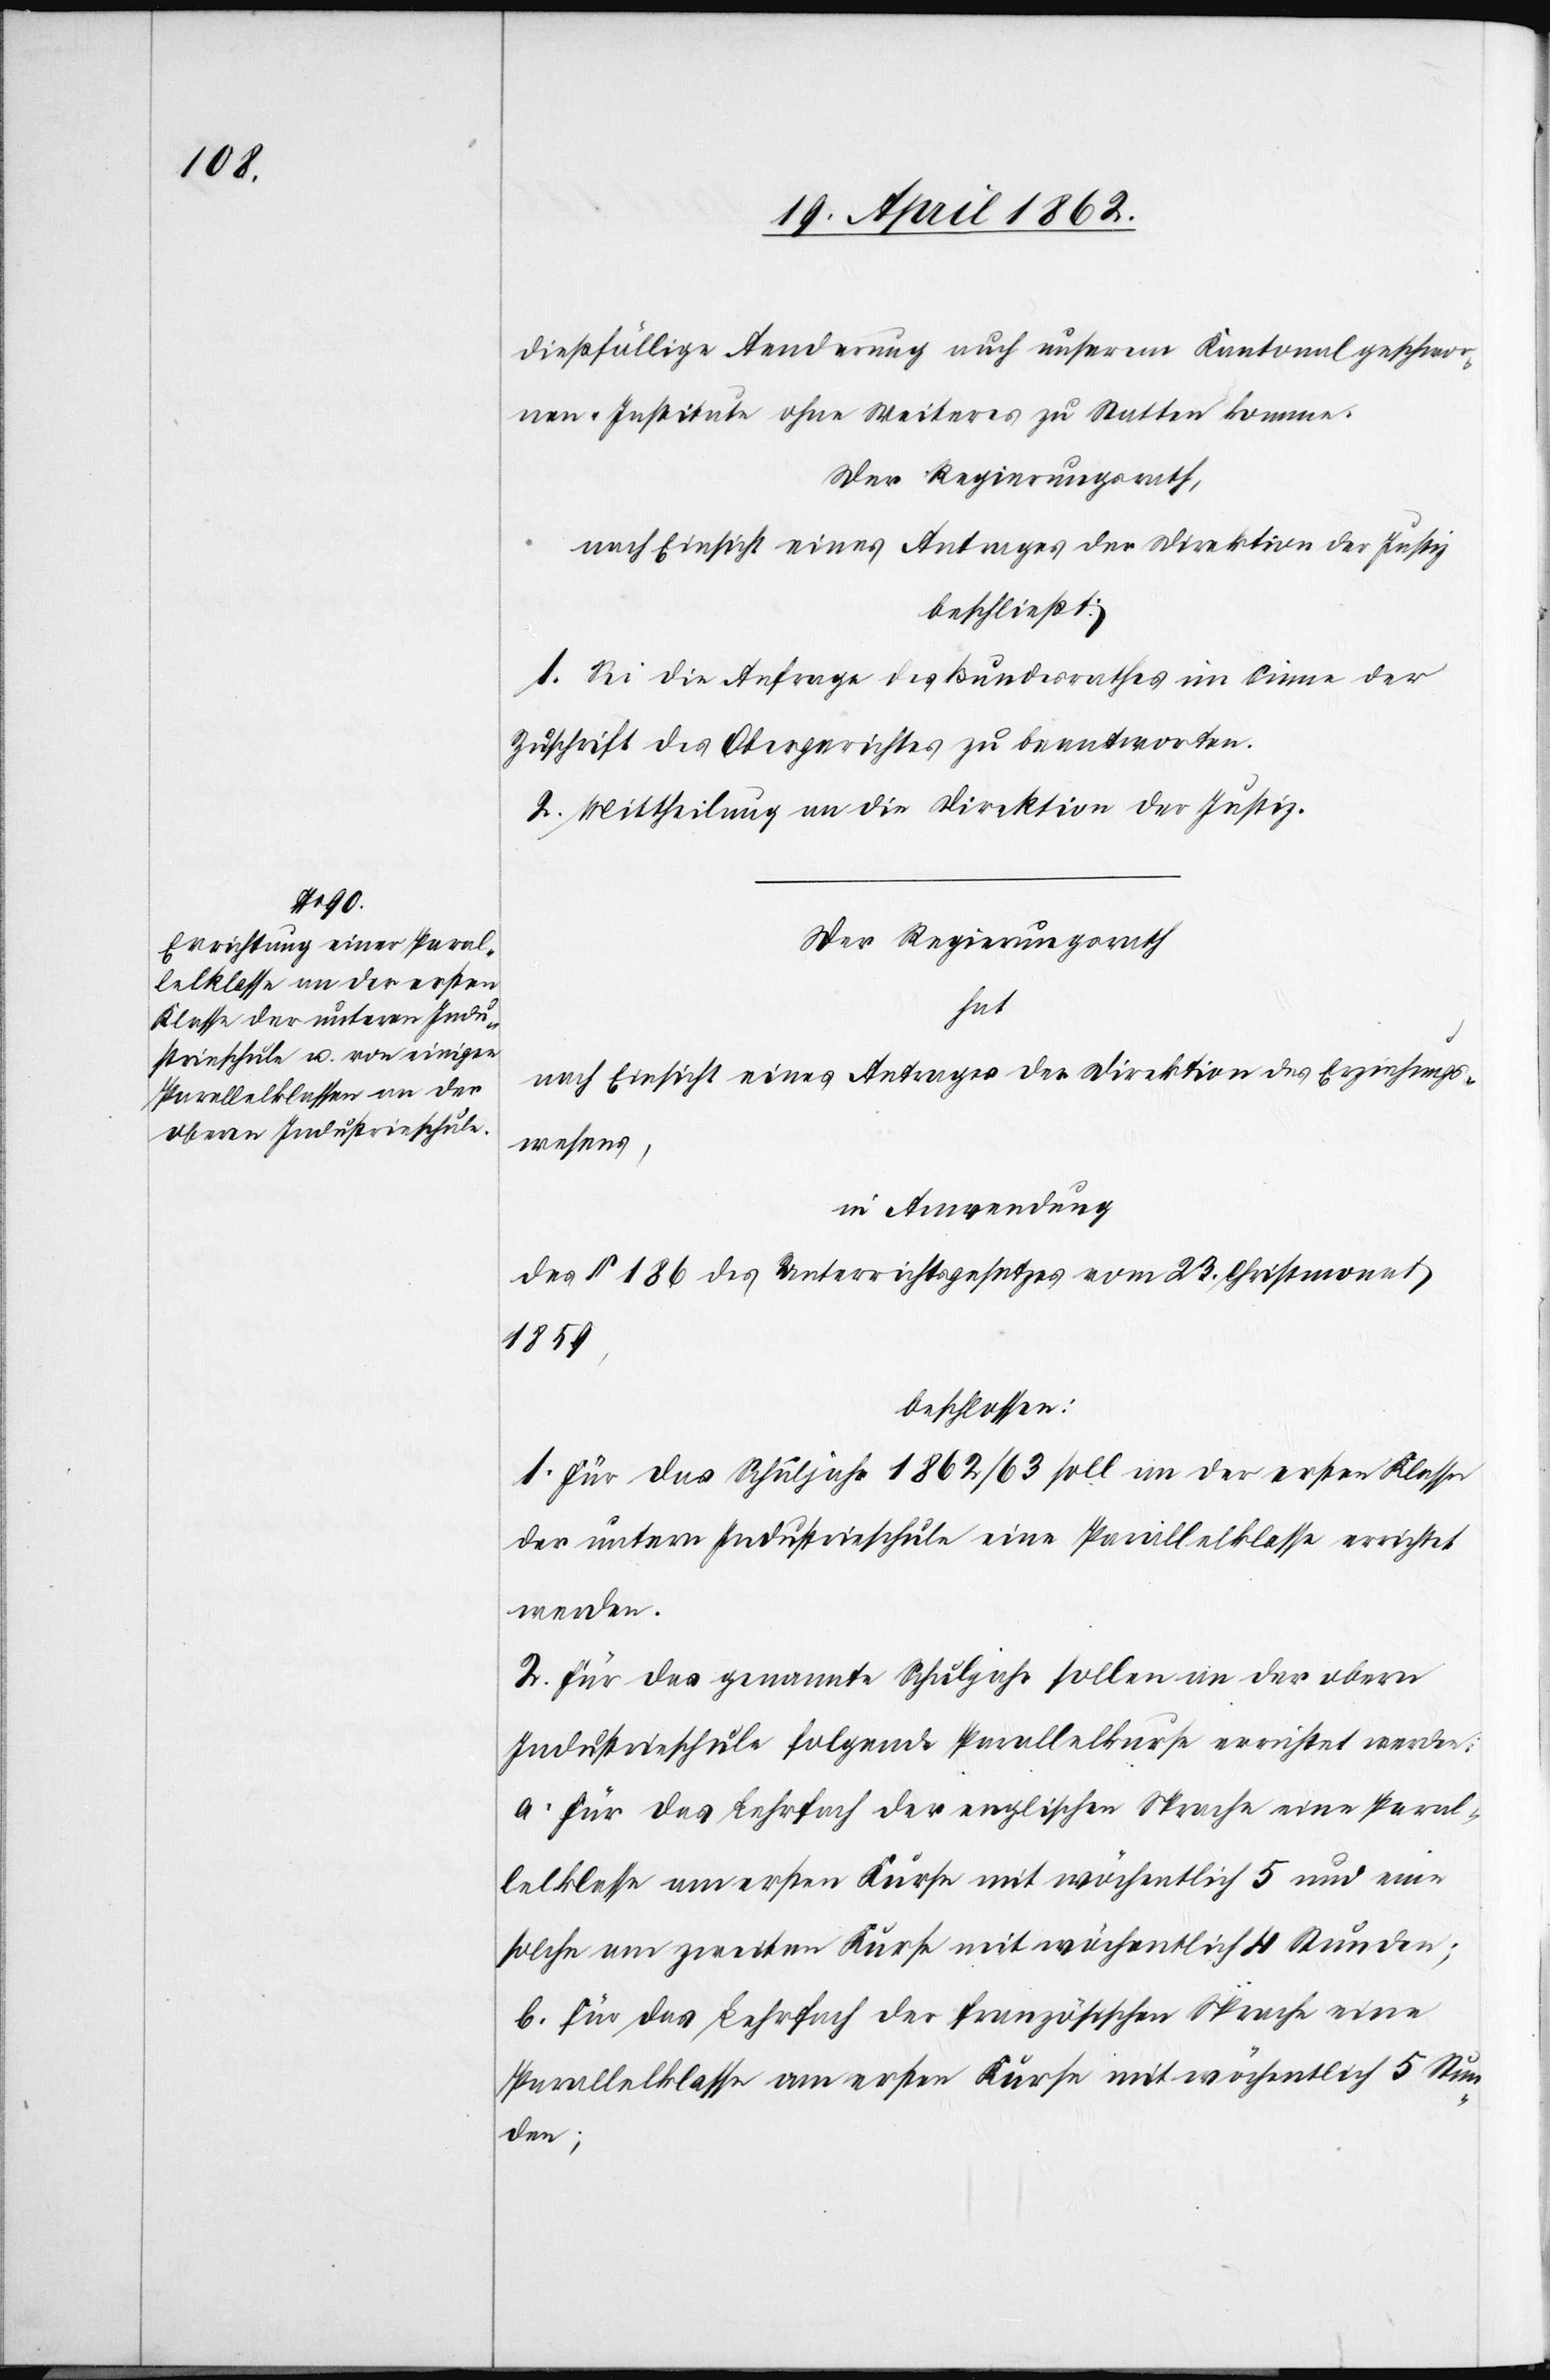
dießfällige Aenderung auch unserem Kantonalgeschwore¬
nen-Institute ohne Weiters zu statten komme.
Der Regierungsrath,
nach Einsicht eines Antrages der Direktion der Justiz
beschließt:
1. Sei die Anfrage des Bundesrathes im Sinne der
Zuschrift des Obergerichtes zu beantworten.
2. Mittheilung an die Direktion der Justiz.
Der Regierungsrath
hat
nach Einsicht eines Antrages der Direktion des Erziehungs¬
wesens,
in Anwendung
des § 186 des Unterrichtsgesetzes vom 23. Christmonat
1859,
beschlossen:
1. Für das Schuljahr 1862/63 soll in der ersten Klasse
der untern Industrieschule eine Parallelklasse errichtet
werden.
2. Für das genannte Schuljahr sollen an der obern
Industrieschule folgende Parallelkurse errichtet werden:
a. für das Lehrfach der englischen Sprache eine Paral¬
lelklasse am ersten Kurse mit wöchentlich 5 und eine
solche am zweiten Kurse mit wöchentlich 4 Stunden;
b. für das Lehrfach der französischen Sprache eine
Parallelklasse am ersten Kurse mit wöchentlich 5 Stun¬
den;